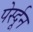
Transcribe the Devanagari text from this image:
पेर्स्दून